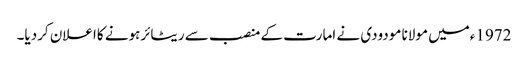
1972ءمیں مولانا مودودی نے امارت کے منصب سے ریٹائرہونے کااعلان کردیا۔